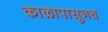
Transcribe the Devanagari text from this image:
काळापासुनच